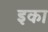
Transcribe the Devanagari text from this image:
इका